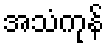
အသံကုန်